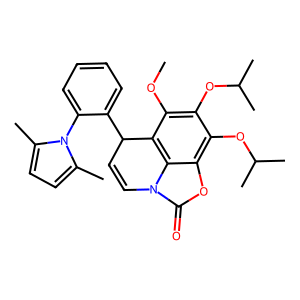
SMILES: COc1c(OC(C)C)c(OC(C)C)c2oc(=O)n3c2c1C(c1ccccc1-n1c(C)ccc1C)C=C3
Inhibits HIV replication: No